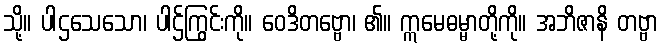
သို့။ ပါဌသေသော၊ ပါဌ်ကြွင်းကို။ ဝေဒိတဗ္ဗော၊ ၏။ ဣမေဓမ္မာတို့ကို။ အဘိဇာနိ တဗ္ဗာ